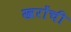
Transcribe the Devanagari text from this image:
खरोंची